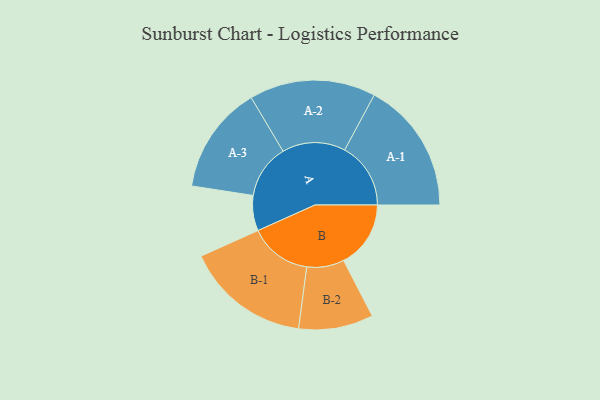
{"axis": {"x": "Segment", "y": "Value"}, "legend": ["", "A", "B"], "data": [{"x": "A", "y": 135, "type": ""}, {"x": "B", "y": 257, "type": ""}, {"x": "A-1", "y": 253, "type": "A"}, {"x": "A-2", "y": 242, "type": "A"}, {"x": "A-3", "y": 207, "type": "A"}, {"x": "B-1", "y": 239, "type": "B"}, {"x": "B-2", "y": 143, "type": "B"}]}